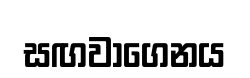
සඟවාගෙනය